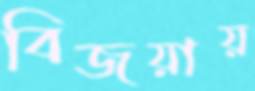
বিজয়ায়